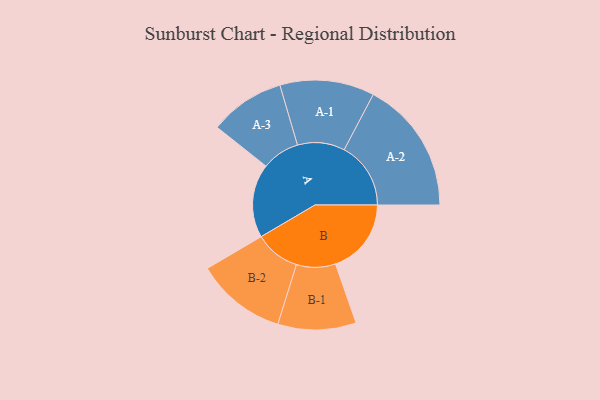
{"axis": {"x": "Segment", "y": "Value"}, "legend": ["", "A", "B"], "data": [{"x": "A", "y": 217, "type": ""}, {"x": "B", "y": 223, "type": ""}, {"x": "A-1", "y": 139, "type": "A"}, {"x": "A-2", "y": 196, "type": "A"}, {"x": "A-3", "y": 111, "type": "A"}, {"x": "B-1", "y": 115, "type": "B"}, {"x": "B-2", "y": 133, "type": "B"}]}